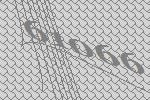
61066